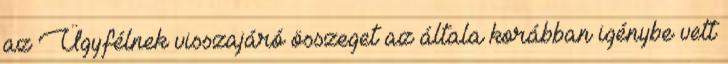
az Ügyfélnek visszajáró összeget az általa korábban igénybe vett